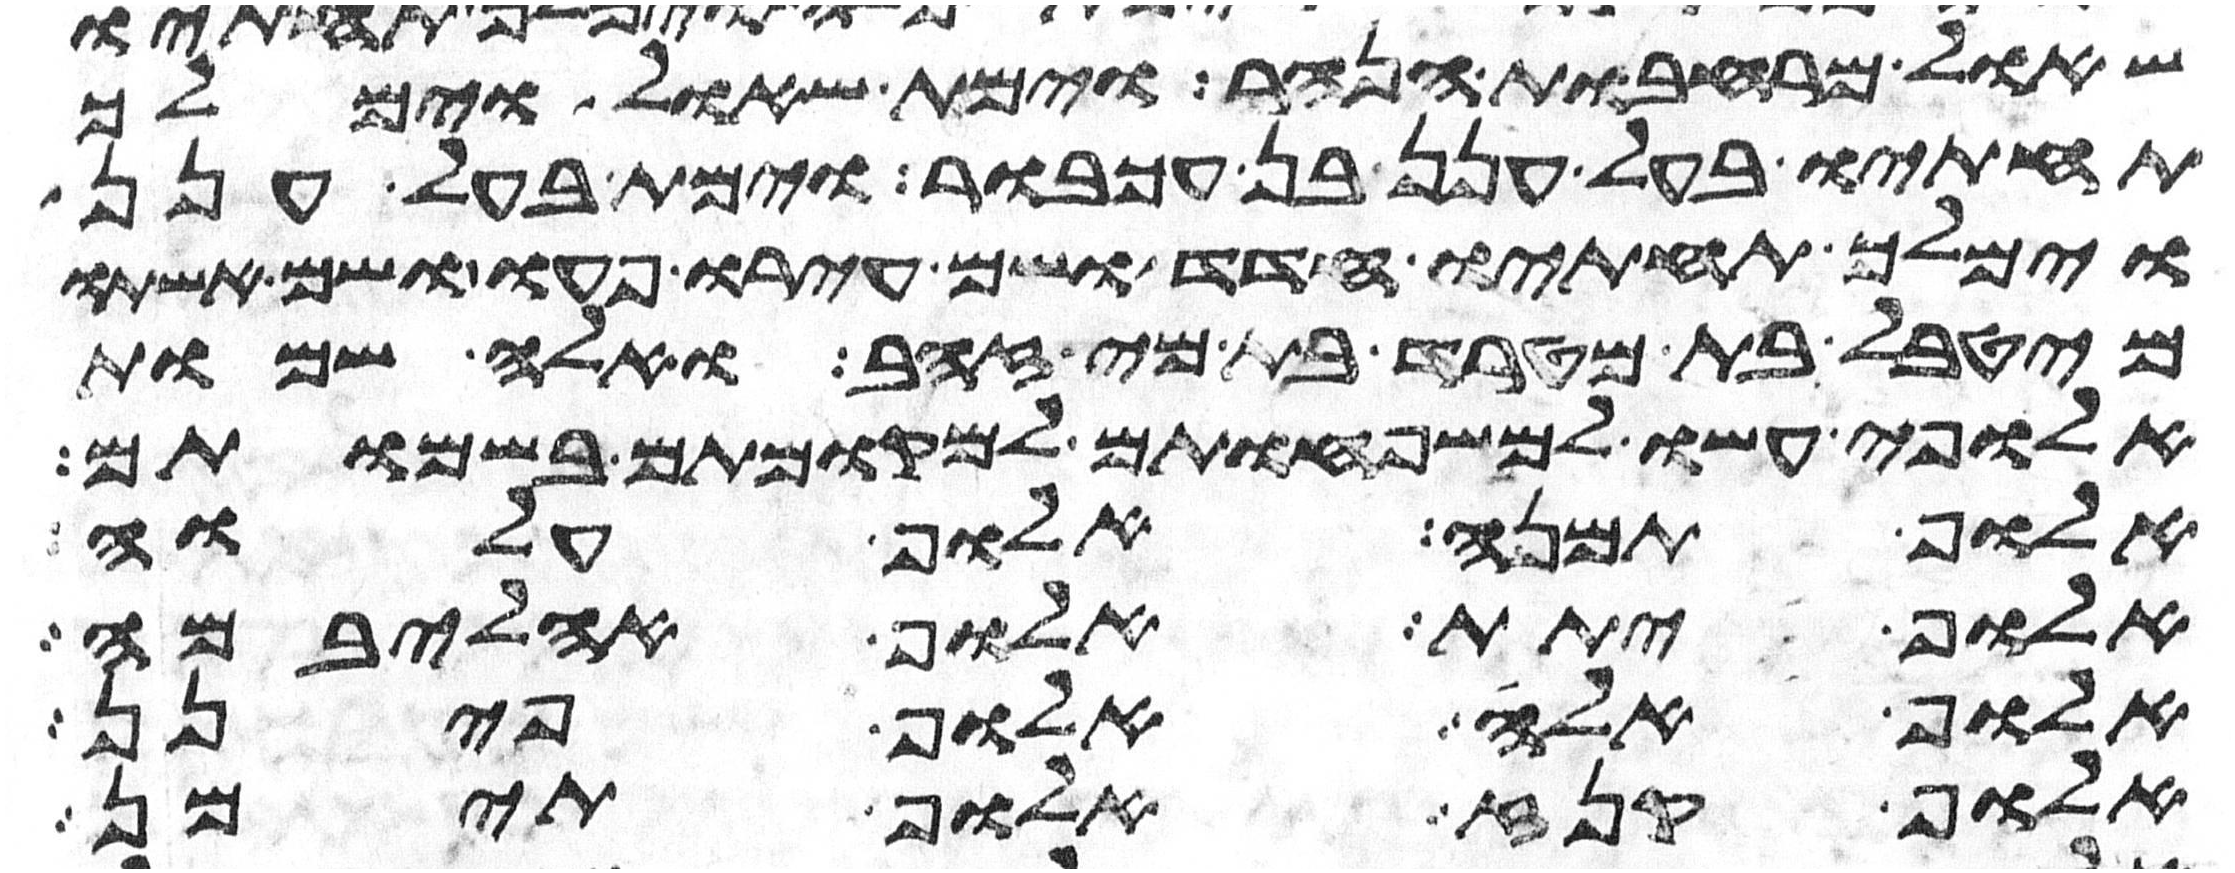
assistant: שאול מרחבות הנהר וימת שאול וימלך
תחתיו בעל חנן בן עכבור וימת בעל חנן
וימלך תחתיו הדד ושם עירו פעו ושם אשתו
מהטבאל בת מטרד בת מי זהב ואלה שמות
אלופי עשו למשפחותם למקומותם בשמותם
אלוף תמנע אלוף עלוה
אלוף יתת אלוף אהליבמה
אלוף אלה אלוף פינן
אלוף קנז אלוף תימן